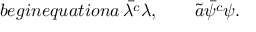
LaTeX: b e g i n { e q u a t i o n } a \, \bar { \lambda ^ { c } } \lambda , \qquad \tilde { a } \bar { \psi ^ { c } } \psi .